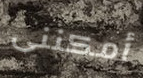
أمكننى